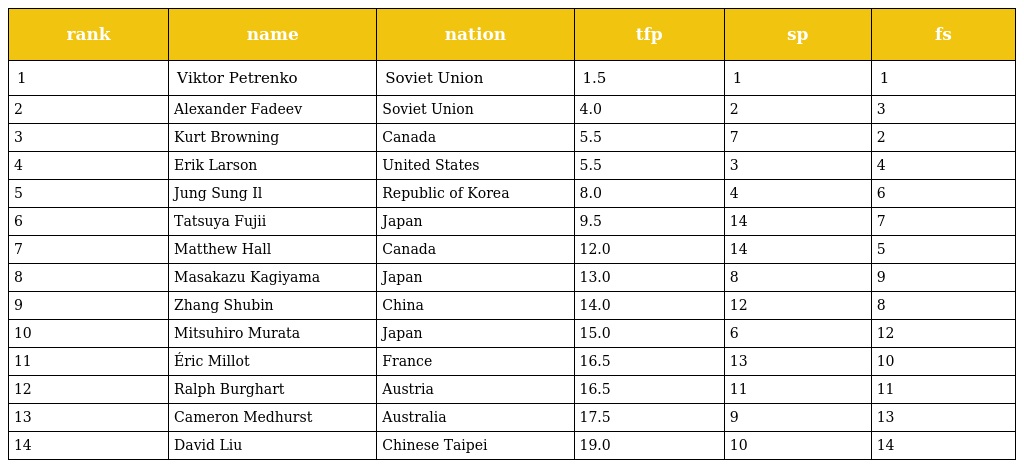
| rank | name | nation | tfp | sp | fs |
 | --- | --- | --- | --- | --- | --- |
 | 1 | Viktor Petrenko | Soviet Union | 1.5 | 1 | 1 |
 | 2 | Alexander Fadeev | Soviet Union | 4.0 | 2 | 3 |
 | 3 | Kurt Browning | Canada | 5.5 | 7 | 2 |
 | 4 | Erik Larson | United States | 5.5 | 3 | 4 |
 | 5 | Jung Sung Il | Republic of Korea | 8.0 | 4 | 6 |
 | 6 | Tatsuya Fujii | Japan | 9.5 | 14 | 7 |
 | 7 | Matthew Hall | Canada | 12.0 | 14 | 5 |
 | 8 | Masakazu Kagiyama | Japan | 13.0 | 8 | 9 |
 | 9 | Zhang Shubin | China | 14.0 | 12 | 8 |
 | 10 | Mitsuhiro Murata | Japan | 15.0 | 6 | 12 |
 | 11 | Éric Millot | France | 16.5 | 13 | 10 |
 | 12 | Ralph Burghart | Austria | 16.5 | 11 | 11 |
 | 13 | Cameron Medhurst | Australia | 17.5 | 9 | 13 |
 | 14 | David Liu | Chinese Taipei | 19.0 | 10 | 14 |